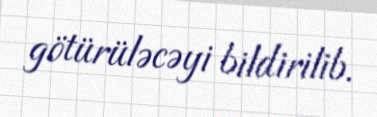
götürüləcəyi bildirilib.